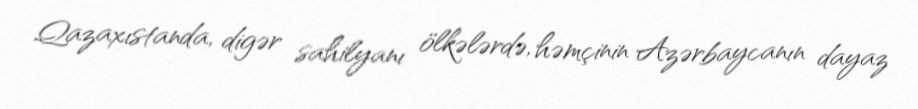
Qazaxıstanda, digər sahilyanı ölkələrdə, həmçinin Azərbaycanın dayaz